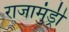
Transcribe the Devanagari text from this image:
राजामुंड्री